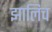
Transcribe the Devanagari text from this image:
झालिच